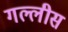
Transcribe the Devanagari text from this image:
गल्लीस